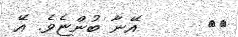
٤٩      އޭނާ ބުންޏެވެ. އޭ